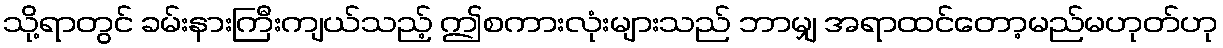
သို့ရာတွင် ခမ်းနားကြီးကျယ်သည့် ဤစကားလုံးများသည် ဘာမျှ အရာထင်တော့မည်မဟုတ်ဟု